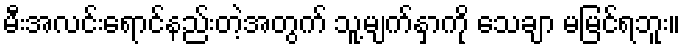
မီးအလင်းရောင်နည်းတဲ့အတွက် သူ့မျက်နှာကို သေချာ မမြင်ရဘူး။